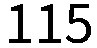
115